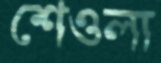
শেওলা